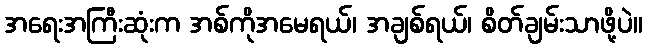
အရေးအကြီးဆုံးက အစ်ကိုအမေရယ်၊ အချစ်ရယ်၊ စိတ်ချမ်းသာဖို့ပဲ။